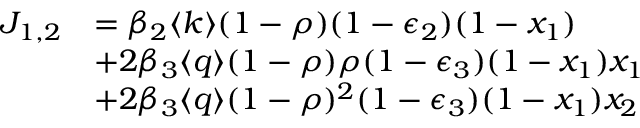
\begin{array} { r l } { J _ { 1 , 2 } } & { = \beta _ { 2 } \langle k \rangle ( 1 - \rho ) ( 1 - \epsilon _ { 2 } ) ( 1 - x _ { 1 } ) } \\ & { + 2 \beta _ { 3 } \langle q \rangle ( 1 - \rho ) \rho ( 1 - \epsilon _ { 3 } ) ( 1 - x _ { 1 } ) x _ { 1 } } \\ & { + 2 \beta _ { 3 } \langle q \rangle ( 1 - \rho ) ^ { 2 } ( 1 - \epsilon _ { 3 } ) ( 1 - x _ { 1 } ) x _ { 2 } } \end{array}